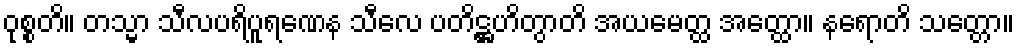
ဝုစ္စတိ။ တသ္မာ သီလပရိပူရဏေန သီလေ ပတိဋ္ဌဟိတွာတိ အယမေတ္ထ အတ္ထော။ နရောတိ သတ္တော။